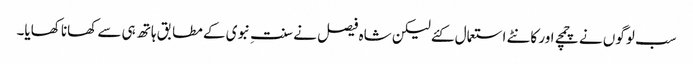
سب لوگوں نے چمچے اور کانٹے استعمال کئے لیکن شاہ فیصل نے سنتِ نبوی کے مطابق ہاتھ ہی سے کھانا کھایا۔